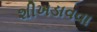
શીખડાવવા